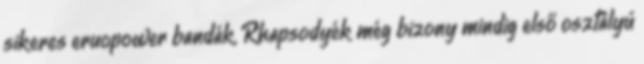
sikeres eruopower bandák, Rhapsodyék még bizony mindig első osztályú